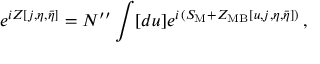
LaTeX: e ^ { i Z [ j , \eta , \bar { \eta } ] } = { \cal N } ^ { \prime \prime } \int [ d u ] e ^ { i \, ( S _ { \mathrm { M } } + Z _ { \mathrm { M B } } [ u , j , \eta , \bar { \eta } ] ) } \, ,